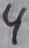
Text: 4